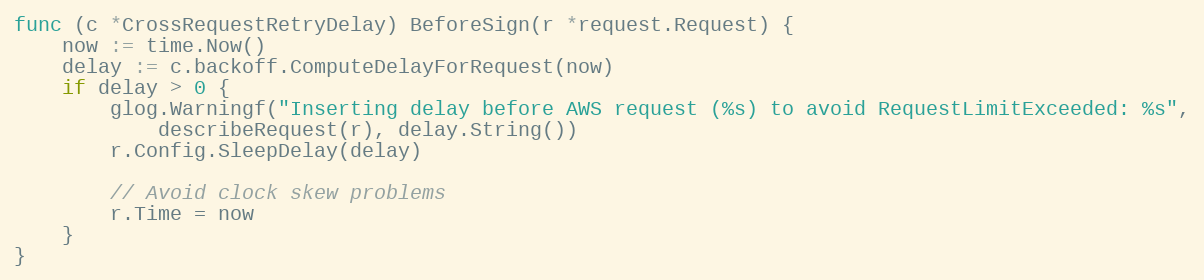
Language: Go
func (c *CrossRequestRetryDelay) BeforeSign(r *request.Request) {
	now := time.Now()
	delay := c.backoff.ComputeDelayForRequest(now)
	if delay > 0 {
		glog.Warningf("Inserting delay before AWS request (%s) to avoid RequestLimitExceeded: %s",
			describeRequest(r), delay.String())
		r.Config.SleepDelay(delay)

		// Avoid clock skew problems
		r.Time = now
	}
}